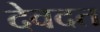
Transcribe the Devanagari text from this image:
देवदत